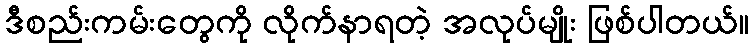
ဒီစည်းကမ်းတွေကို လိုက်နာရတဲ့ အလုပ်မျိုး ဖြစ်ပါတယ်။